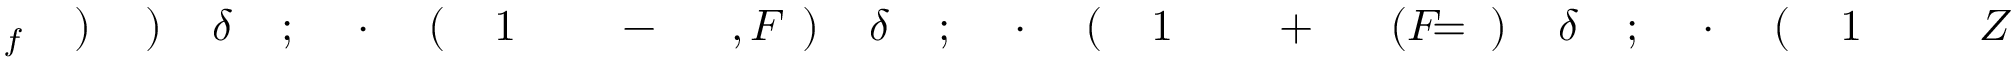
Z \! \! \! \! \! \! \! \! \! \! \! \! _ { \! } \! \! \! \! \! \! \! \! \! \! \! 1 \! \! \! \! \! \! \! \! \! \! \! \! ( \! \! \! \! \! \! \! \! \! \! \! \! \cdot \! \! \! \! \! \! \! \! \! \! \! \! ; \! \! \! \! \! \! \! \! \! \! \! \! \delta \! \! \! \! \! \! \! \! \! \! \! \! ) \! \! \! \! \! \! \! \! \! \! \! \! = \! \! \! \! \! \! \! \! \! \! \! \! ( F \! \! \! \! \! \! \! \! \! \! \! \! ^ { \! } \! \! \! \! \! \! \! \! \! \! \! + \! \! \! \! \! \! \! \! \! \! \! \! _ { \! } \! \! \! \! \! \! \! \! \! \! \! 1 \! \! \! \! \! \! \! \! \! \! \! \! ( \! \! \! \! \! \! \! \! \! \! \! \! \cdot \! \! \! \! \! \! \! \! \! \! \! \! ; \! \! \! \! \! \! \! \! \! \! \! \! \delta \! \! \! \! \! \! \! \! \! \! \! \! ) \! \! \! \! \! \! \! \! \! \! \! \! , F \! \! \! \! \! \! \! \! \! \! \! \! ^ { \! } \! \! \! \! \! \! \! \! \! \! \! - \! \! \! \! \! \! \! \! \! \! \! \! _ { \! } \! \! \! \! \! \! \! \! \! \! \! 1 \! \! \! \! \! \! \! \! \! \! \! \! ( \! \! \! \! \! \! \! \! \! \! \! \! \cdot \! \! \! \! \! \! \! \! \! \! \! \! ; \! \! \! \! \! \! \! \! \! \! \! \! \delta \! \! \! \! \! \! \! \! \! \! \! \! ) \! \! \! \! \! \! \! \! \! \! \! \! ) \! \! \! \! \! \! \! \! \! \! \! \! _ { f } \! \! \! \! \! \! \! \! \! \! \!